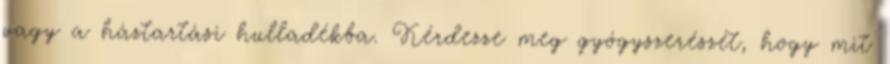
vagy a háztartási hulladékba. Kérdezze meg gyógyszerészét, hogy mit